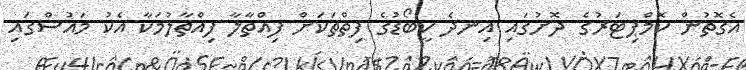
އެގޮތުން ކޮމްޕިޓަރުގެ ދޮށުގައި އިނދެ ކީބޯޑުގެ ފިތްތަކަށް ފިއްތާލާ ފިއްތާލުމަކާ އެކު މައުސްގައި